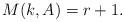
LaTeX: \begin{align*}M(k,A) = r+1.\end{align*}